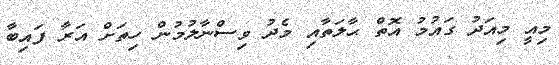
މިއީ މިއަދު ގައުމު އޮތް ޙާލަތާއި މެދު ވިސްނާލުމުން ހިތަށް އަރާ ފައިބާ